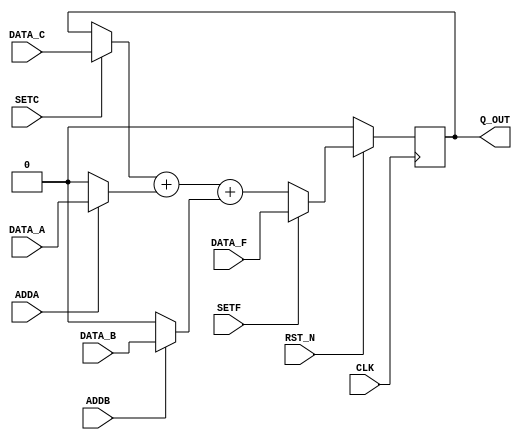

// Copyright (c) 2000-2009 Bluespec, Inc.

// Permission is hereby granted, free of charge, to any person obtaining a copy
// of this software and associated documentation files (the "Software"), to deal
// in the Software without restriction, including without limitation the rights
// to use, copy, modify, merge, publish, distribute, sublicense, and/or sell
// copies of the Software, and to permit persons to whom the Software is
// furnished to do so, subject to the following conditions:

// The above copyright notice and this permission notice shall be included in
// all copies or substantial portions of the Software.

// THE SOFTWARE IS PROVIDED "AS IS", WITHOUT WARRANTY OF ANY KIND, EXPRESS OR
// IMPLIED, INCLUDING BUT NOT LIMITED TO THE WARRANTIES OF MERCHANTABILITY,
// FITNESS FOR A PARTICULAR PURPOSE AND NONINFRINGEMENT. IN NO EVENT SHALL THE
// AUTHORS OR COPYRIGHT HOLDERS BE LIABLE FOR ANY CLAIM, DAMAGES OR OTHER
// LIABILITY, WHETHER IN AN ACTION OF CONTRACT, TORT OR OTHERWISE, ARISING FROM,
// OUT OF OR IN CONNECTION WITH THE SOFTWARE OR THE USE OR OTHER DEALINGS IN
// THE SOFTWARE.
//
// $Revision: 24080 $
// $Date: 2011-05-18 19:32:52 +0000 (Wed, 18 May 2011) $

`ifdef BSV_ASSIGNMENT_DELAY
`else
`define BSV_ASSIGNMENT_DELAY
`endif

// N -bit counter with load, set and 2 increment
module Counter(CLK,
               RST_N,
               Q_OUT,
               DATA_A, ADDA,
               DATA_B, ADDB,
               DATA_C, SETC,
               DATA_F, SETF);

   parameter width = 1;
   parameter init = 0;

   input                 CLK;
   input                 RST_N;
   input [width - 1 : 0] DATA_A;
   input                 ADDA;
   input [width - 1 : 0] DATA_B;
   input                 ADDB;
   input [width - 1 : 0] DATA_C;
   input                 SETC;
   input [width - 1 : 0] DATA_F;
   input                 SETF;

   output [width - 1 : 0] Q_OUT;



   reg [width - 1 : 0]    q_state ;

   assign                 Q_OUT = q_state ;

   always@(posedge CLK /*or negedge RST_N*/ ) begin
    if (RST_N == 0)
      q_state  <= `BSV_ASSIGNMENT_DELAY init;
    else
      begin
         if ( SETF )
           q_state <= `BSV_ASSIGNMENT_DELAY DATA_F ;
         else
           q_state <= `BSV_ASSIGNMENT_DELAY (SETC ? DATA_C : q_state ) + (ADDA ? DATA_A : {width {1'b0}}) + (ADDB ? DATA_B : {width {1'b0}} ) ;
      end // else: !if(RST_N == 0)
   end // always@ (posedge CLK)

`ifdef BSV_NO_INITIAL_BLOCKS
`else // not BSV_NO_INITIAL_BLOCKS
   // synopsys translate_off
   initial begin
      q_state = {((width + 1)/2){2'b10}} ;
   end
   // synopsys translate_on
`endif // BSV_NO_INITIAL_BLOCKS

endmodule